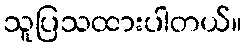
သူပြသထားပါတယ်။